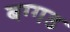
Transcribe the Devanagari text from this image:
बग्‍गड